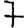
Digit: 7